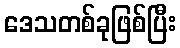
ဒေသတစ်ခုဖြစ်ပြီး